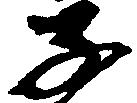
子